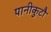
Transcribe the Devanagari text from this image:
पानीकुटौ